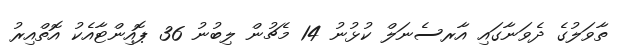
ތާވަލުގެ ދެވަނާގައި އާރސެނަލް ކުޅުނު 14 މެޗުން ލިބުނު 36 ޕޮއިންޓާއެކު އޮތްއިރު